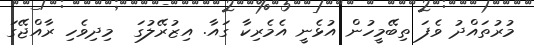
މުރުތައްދު ވެފަ ތިބޭމީހުން އުޅެނީ އެމެރިކާ ގައާ. އިޒުރޭލުގަ  މިދިވެހި ރާއްޖޭގަ